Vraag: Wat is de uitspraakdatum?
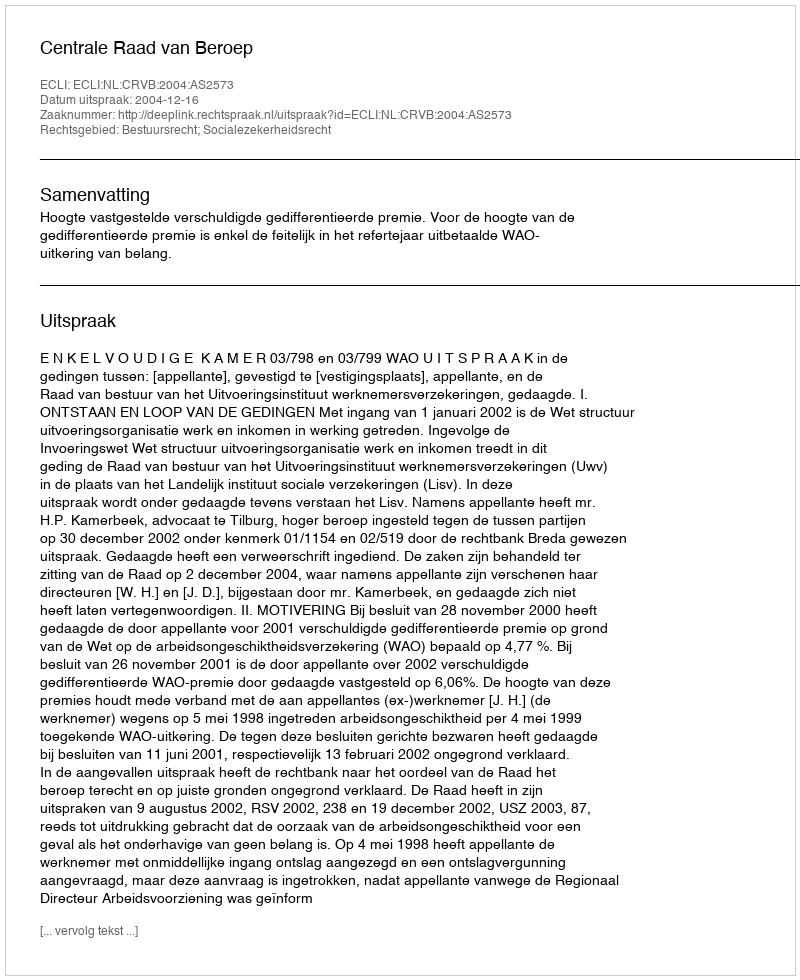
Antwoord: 2004-12-16